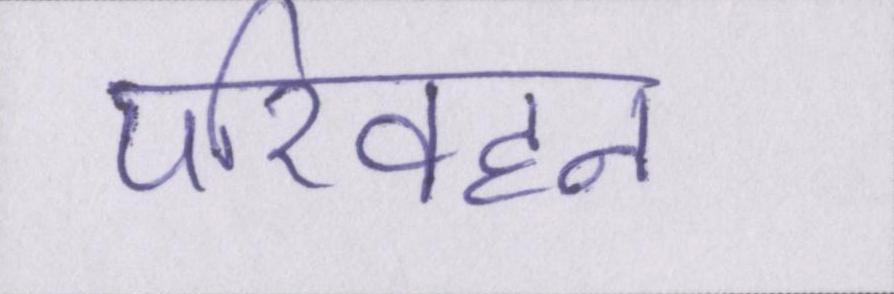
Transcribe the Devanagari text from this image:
परिवहन